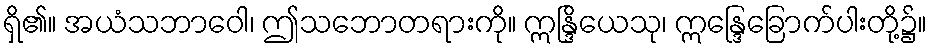
ရှိ၏။ အယံသဘာဝေါ၊ ဤသဘောတရားကို။ ဣန္ဒြိယေသု၊ ဣန္ဒြေခြောက်ပါးတို့၌။